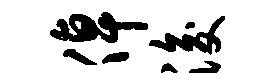
倬浚